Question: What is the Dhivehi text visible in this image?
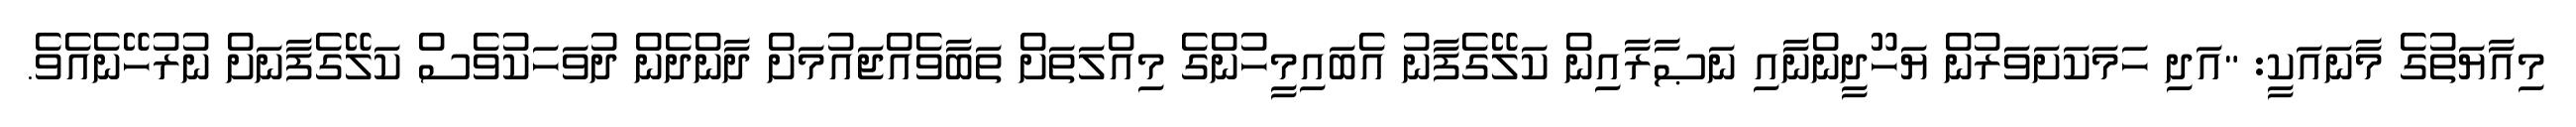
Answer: މިއާޔަތުގެ މާނައަކީ: "އަދި ހަމަކަށަވަރުން ޔަހޫދީންނާއި ނަޞާރާއިން ކަލޭގެފާނު އެބައިމީހުންގެ މިއްލަތަށް ތަބާވެއްޖައުމަށް ދާންދެން ދުވަހަކުވެސް ކަލޭގެފާނަށް ނުރުހޭނެއެވެ.